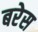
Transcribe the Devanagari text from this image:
बरेस